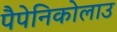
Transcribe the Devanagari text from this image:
पैपेनिकोलाउ